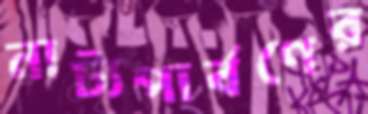
নাট্যপার্বণের